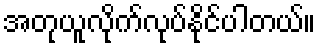
အတုယူလိုက်လုပ်နိုင်ပါတယ်။